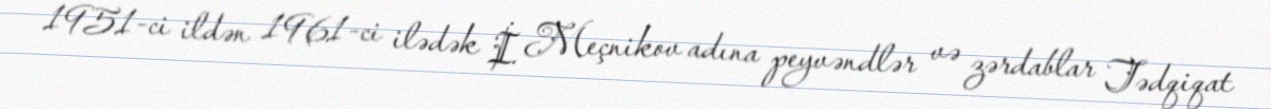
1951-ci ildən 1961-ci ilədək İ. Meçnikov adına peyvəndlər və zərdablar Tədqiqat